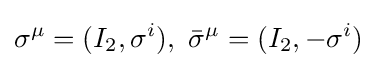
\sigma ^{\mu }=(I_{2},\sigma ^{i}),~{\bar {\sigma }}^{\mu }=(I_{2},-\sigma ^{i})